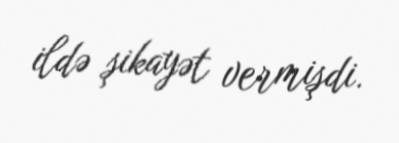
ildə şikayət vermişdi.